Annual returns of the Patna Lunatic Asylum at Bankipore in Bihar and Orissa - 1912-1924
Year: 1912
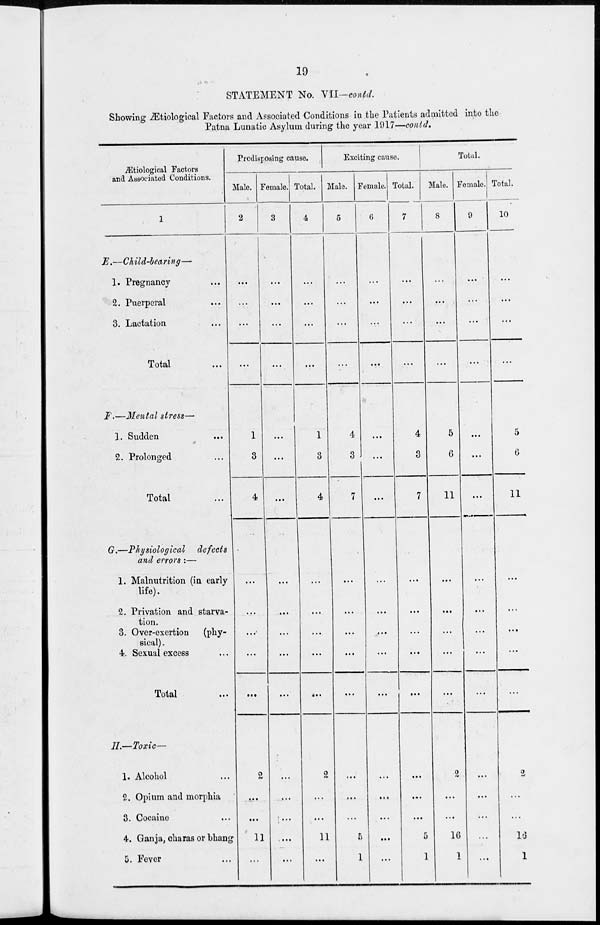
19
STATEMENT No. VII—contd.
Showing Ætiological Factors and Associated Conditions in the Patients admitted into the
Patna Lunatic Asylum during the year 1917—contd.
Ætiological Factors
and Associated Conditions.
1
E.—Child-bearing—
1. Pregnancy ...
2. Puerperal ...
3. Lactation ...
Total ...
F.—Mental stress—
1. Sudden ...
2. Prolonged ...
Total ...
G.—Physiological
defects
and errors :—
1. Malnutrition (in early
life).
2. Privation and starva-
tion.
3. Over-exertion
(phy-
sical) .
4. Sexual excess ...
Total ...
II.—Toxic—
1. Alcohol ...
2. Opium and morphia
3. Cocaine ...
4. Ganja, charas or bhang
5. Fever ...
Predisposing cause.
Male.
2
...
...
...
...
1
3
4
...
...
...
...
...
2
...
...
11
...
Female.
3
...
...
...
...
...
...
...
...
...
...
...
...
...
...
...
...
...
Total.
4
...
...
...
...
1
3
4
...
...
...
...
...
2
...
...
11
...
Exciting cause.
Male.
5
...
...
...
...
4
3
7
...
...
...
...
...
...
...
...
5
1
Female.
6
...
...
...
...
...
...
...
...
...
...
...
...
...
...
...
...
...
Total.
7
...
...
...
...
4
3
7
...
...
...
...
...
...
...
...
5
1
Total.
Male.
8
...
...
...
...
5
6
11
...
...
...
...
...
2
...
...
16
1
Female.
9
...
...
...
...
...
...
...
...
...
...
...
...
...
...
...
...
...
Total.
10
...
...
...
...
5
6
11
...
...
...
...
...
2
...
...
16
1